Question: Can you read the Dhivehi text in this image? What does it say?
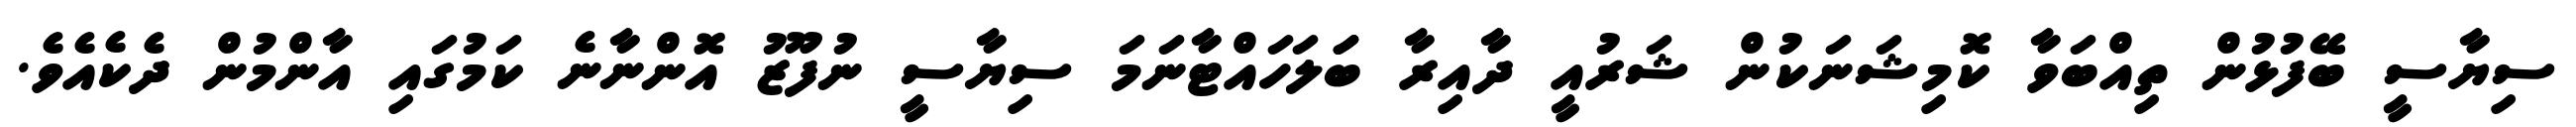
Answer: ސިޔާސީ ބޭފުޅުން ތިއްބަވާ ކޮމިޝަނަކުން ޝަރުއީ ދާއިރާ ބަަލަހައްޓާނަމަ ސިޔާސީ ނުފޫޒު އޮންނާނެ ކަމުގައި އާންމުން ދެކެއެވެ.